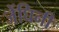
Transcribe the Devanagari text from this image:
जेंघिनी